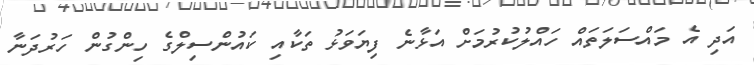
އަދި އެ މައްސަލަތައް ހައްލުކުރުމަށް އަޅާނެ ފިޔަވަޅު ތަކާއި ކައުންސިލްގެ ހިންގުން ހަރުދަނާ